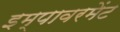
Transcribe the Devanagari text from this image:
इम्पावरमेंट